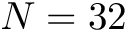
N = 3 2